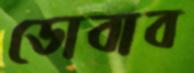
ডোবাব